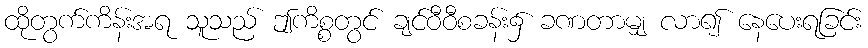
ထိုတွက်ကိန်းအရ သူသည် ဤကိစ္စတွင် ချင်ဝီဝီစခန်း၌ ခဏတာမျှ လာ၍ နေပေးရခြင်း